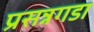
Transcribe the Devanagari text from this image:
प्रसन्नगडा